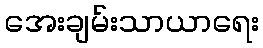
အေးချမ်းသာယာရေး